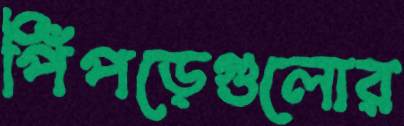
পিঁপড়েগুলোর